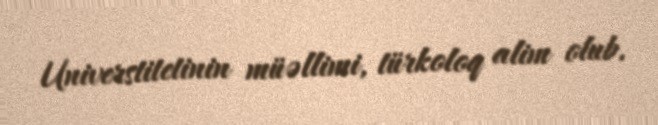
Universtitetinin müəllimi, türkoloq alim olub.